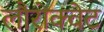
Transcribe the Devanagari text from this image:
लौरोक्वेट